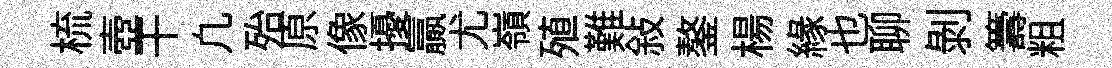
梳壺干凢殆原像擾贏尤嶺殖難敍鏊楊緣也聊剥籌粗